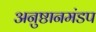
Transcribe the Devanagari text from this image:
अनुष्ठानमंडप